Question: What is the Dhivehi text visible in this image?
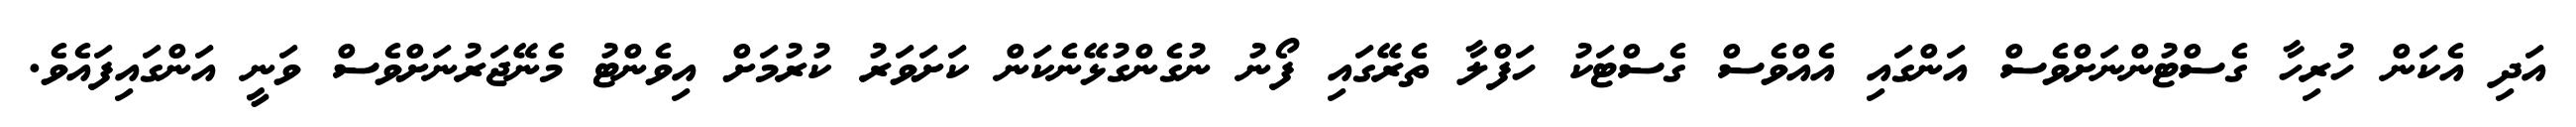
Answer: އަދި އެކަން ހުރިހާ ގެސްޓުންނަށްވެސް އަންގައި އެއްވެސް ގެސްޓަކު ހަފްލާ ތެރޭގައި ފޯނު ނުގެންގުޅޭނެކަން ކަށަވަރު ކުރުމަށް އިވެންޓު މެނޭޖަރުނަށްވެސް ވަނީ އަންގައިފައެވެ.